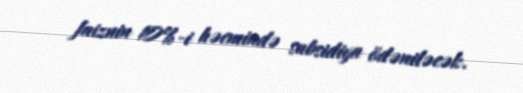
faiznin 10%-i həcmində subsidiya ödəniləcək.